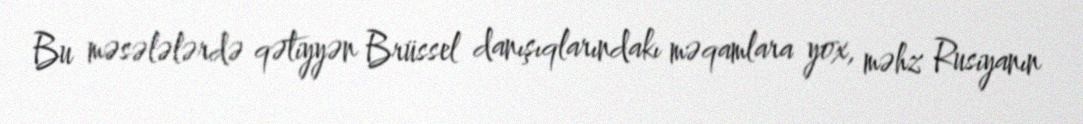
Bu məsələlərdə qətiyyən Brüssel danışıqlarındakı məqamlara yox, məhz Rusiyanın